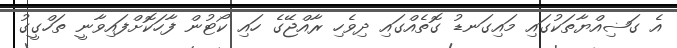
އެ ގަޟިއްޔާތަކުގައި މައިގަނޑު ގޮތެއްގައި ދިވެހި ރާއްޖޭގެ ހައި ކޯޓުން ފާހަކޮށްފައިވާނީ ތަހްގީގު